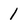
Character: 1